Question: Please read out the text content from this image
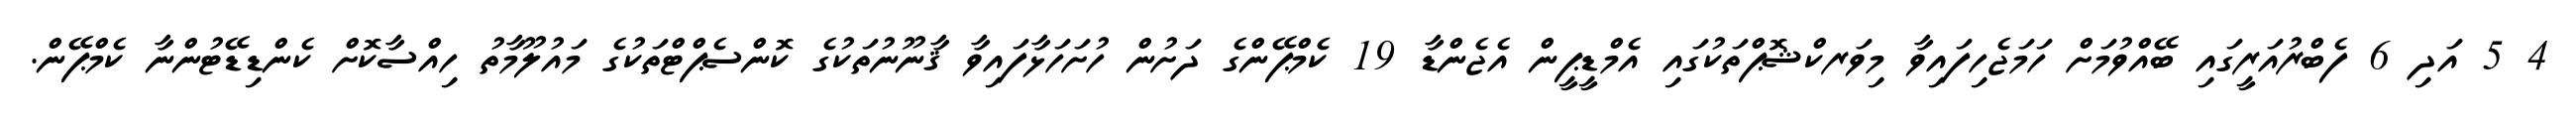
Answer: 4 5 އަދި 6 ފެބްރުއަރީގައި ބޭއްވުމަށް ހަމަޖެހިފައިވާ މިވަރކްޝޮޕްތަކުގައި އެމްޑީޕީން އެޖެންޑާ 19 ކެމްޕޭންގެ ދަށުން ހުށަހަޅާފައިވާ ޤާނޫނުތަކުގެ ކޮންސެޕްޓްތަކުގެ މައުލޫމާތު ހިއްސާކޮށް ކެންޑިޑޭޓުންނާ ކެމްޕޭން.